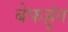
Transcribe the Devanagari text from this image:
बेफह्रुंग